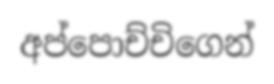
අප්පොච්චිගෙන්